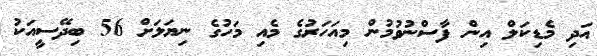
އަދި މެޑިކަލް އިން ފާސްނުވުމުން މިއަހަރުގެ މެއި މަހުގެ ނިޔަލަށް 56 ބިދޭސީއަކު